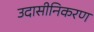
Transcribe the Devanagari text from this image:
उदासीनिकरण